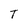
Character: T